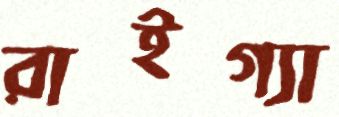
রাইগ্যা